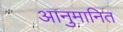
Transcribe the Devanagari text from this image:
आनुमानित